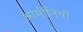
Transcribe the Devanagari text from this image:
आर्मीनियों